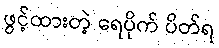
ဖွင့်ထားတဲ့ ရေပိုက် ပိတ်ရ